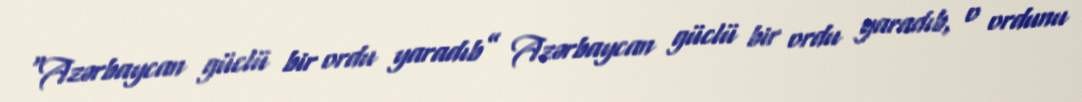
“Azərbaycan güclü bir ordu yaradıb” Azərbaycan güclü bir ordu yaradıb, o ordunu